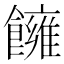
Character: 𩟀